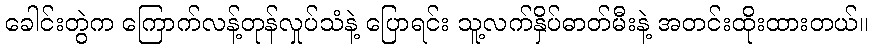
ခေါင်းတွဲက ကြောက်လန့်တုန်လှုပ်သံနဲ့ ပြောရင်း သူ့လက်နှိပ်ဓာတ်မီးနဲ့ အတင်းထိုးထားတယ်။